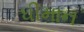
ધીમાન